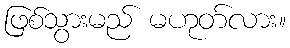
ဖြစ်သွားမည် မဟုတ်လား။